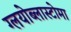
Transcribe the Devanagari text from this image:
ग्लयोब्लास्टोमा